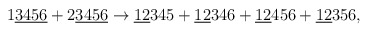
\begin{align*}1\underline{3456}+2\underline{3456}\rightarrow \underline{12}345 +\underline{12}346 +\underline{12}456 +\underline{12}356,\end{align*}